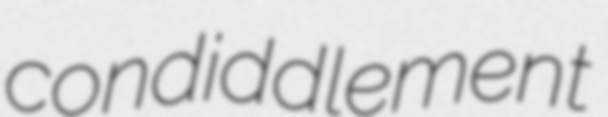
condiddlement